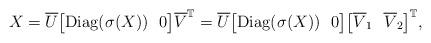
LaTeX: \begin{align*} X=\overline{U}\big[{\rm Diag}(\sigma(X))\ \ 0\big]\overline{V}^{\mathbb{T}} =\overline{U}\big[{\rm Diag}(\sigma(X))\ \ 0\big]\big[\overline{V}_1\ \ \overline{V}_2\big]^{\mathbb{T}}, \end{align*}